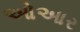
ઓઆર